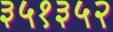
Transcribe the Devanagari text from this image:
३५१३५२